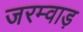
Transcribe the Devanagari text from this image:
जरम्वाड़